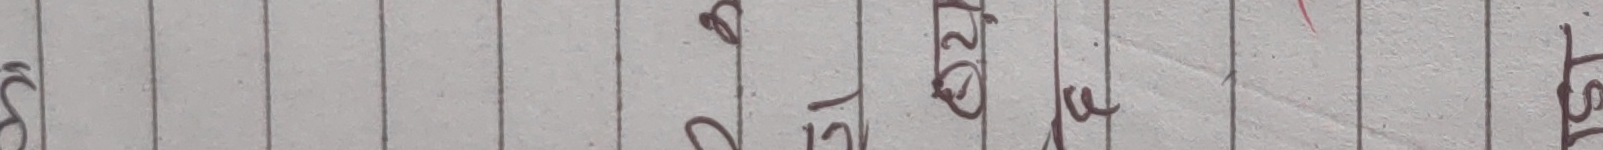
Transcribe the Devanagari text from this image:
० ५ १२ २० ३ १ १ ७